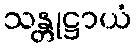
သန္တုဋ္ဌာယံ